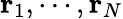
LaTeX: \mathbf{r}_{1},\cdots,\mathbf{r}_{N}